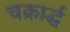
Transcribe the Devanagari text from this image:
चक्रार्द्ध